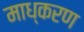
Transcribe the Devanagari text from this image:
माध्करण